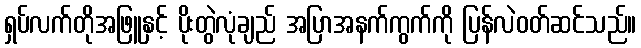
ရှပ်လက်တိုအဖြူနှင့် ပိုးတွဲလုံချည် အပြာအနက်ကွက်ကို ပြန်လဲဝတ်ဆင်သည်။